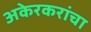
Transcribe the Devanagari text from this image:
अकेरकरांचा